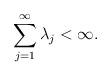
LaTeX: \begin{align*}\sum_{j=1}^{\infty} \lambda_j < \infty.\end{align*}